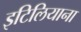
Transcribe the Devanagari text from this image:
इटिलियाना